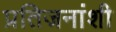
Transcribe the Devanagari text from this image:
प्रतिजनांशी